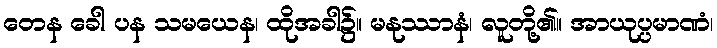
တေန ခေါ ပန သမယေန၊ ထိုအခါ၌။ မနုဿာနံ၊ လူတို့၏။ အာယုပ္ပမာဏံ၊